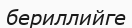
бериллийге